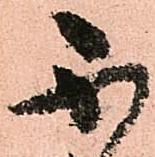
不